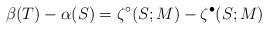
LaTeX: \begin{align*} \beta(T)-\alpha(S)=\zeta^\circ (S;M)-\zeta^\bullet (S;M) \end{align*}